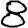
Digit: 8